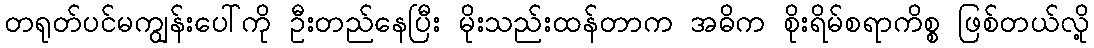
တရုတ်ပင်မကျွန်းပေါ်ကို ဦးတည်နေပြီး မိုးသည်းထန်တာက အဓိက စိုးရိမ်စရာကိစ္စ ဖြစ်တယ်လို့